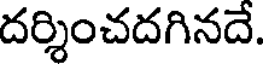
దర్శించదగినదే.